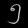
Digit: ၅